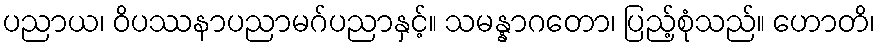
ပညာယ၊ ဝိပဿနာပညာမဂ်ပညာနှင့်။ သမန္နာဂတော၊ ပြည့်စုံသည်။ ဟောတိ၊